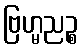
ဗြဟ္မညဉ္စ